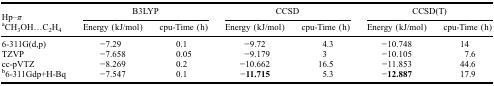
<table><thead><tr><td><b>Hp–<i>π</i></b></td><td colspan="2"><b>B3LYP</b></td><td colspan="2"><b>CCSD</b></td><td colspan="2"><b>CCSD(T)</b></td></tr><tr><td><b><sup>a</sup>CH<sub>3</sub>OH...C<sub>2</sub>H<sub>4</sub></b></td><td><b>Energy (kJ/mol)</b></td><td><b>cpu-Time (h)</b></td><td><b>Energy (kJ/mol)</b></td><td><b>cpu-Time (h)</b></td><td><b>Energy (kJ/mol)</b></td><td><b>cpu-Time (h)</b></td></tr></thead><tbody><tr><td>6-311G(d,p)</td><td>−7.29</td><td>0.1</td><td>−9.72</td><td>4.3</td><td>−10.748</td><td>14</td></tr><tr><td>TZVP</td><td>−7.658</td><td>0.05</td><td>−9.179</td><td>3</td><td>−10.105</td><td>7.6</td></tr><tr><td>cc-pVTZ</td><td>−8.269</td><td>0.2</td><td>−10.662</td><td>16.5</td><td>−11.853</td><td>44.6</td></tr><tr><td><sup>b</sup>6-311Gdp+H-Bq</td><td>−7.547</td><td>0.1</td><td><b>−11.715</b></td><td>5.3</td><td><b>−12.887</b></td><td>17.9</td></tr></tbody></table>